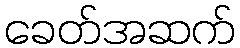
ခေတ်အဆက်